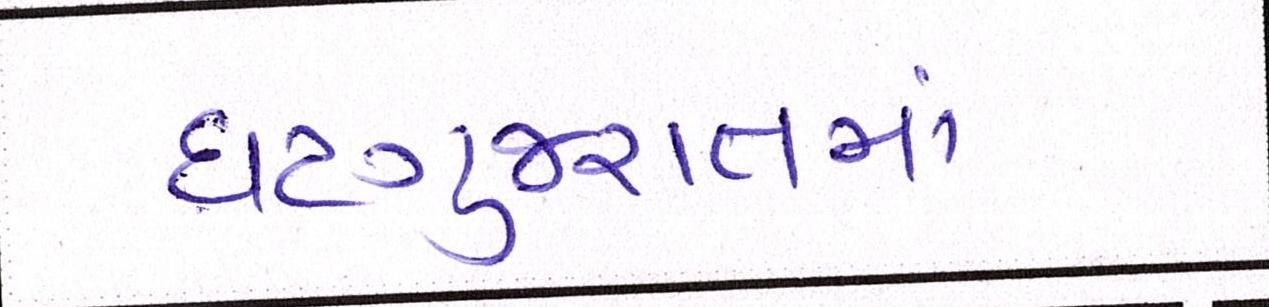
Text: ઘટગુજરાતમાં